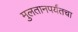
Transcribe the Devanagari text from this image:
मुलतानपर्यंतचा